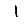
Digit: 1